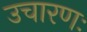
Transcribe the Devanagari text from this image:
उचारणः